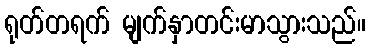
ရုတ်တရက် မျက်နှာတင်းမာသွားသည်။